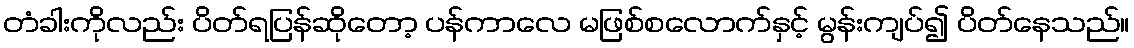
တံခါးကိုလည်း ပိတ်ရပြန်ဆိုတော့ ပန်ကာလေ မဖြစ်စလောက်နှင့် မွန်းကျပ်၍ ပိတ်နေသည်။